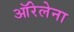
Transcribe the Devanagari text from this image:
ऑरेलेना